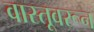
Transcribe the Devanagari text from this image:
वास्तूवरून